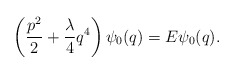
\begin{align*}\left(\frac{p^2}{2}+\frac{\lambda}{4}q^4\right)\psi_0(q)=E\psi_0(q).\end{align*}